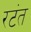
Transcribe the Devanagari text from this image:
रटंत